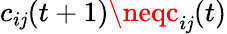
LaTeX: c_{i\mathit{j}}(t+1)\neqc_{i\mathit{j}}(t)